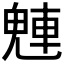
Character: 𬵀